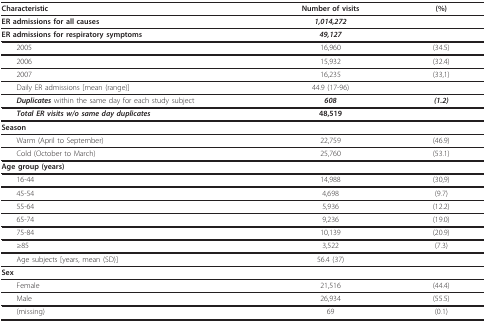
| Characteristic | Number of visits | (%) |
 | --- | --- | --- |
 | ER admissions for all causes | 1,014,272 |  |
 | ER admissions for respiratory symptoms | 49,127 |  |
 | 2005 | 16,960 | (34.5) |
 | 2006 | 15,932 | (32.4) |
 | 2007 | 16,235 | (33,1) |
 | Daily ER admissions [mean (range)] | 44.9 (17-96) |  |
 | Duplicates within the same day for each study subject | 608 | (1.2) |
 | Total ER visits w/o same day duplicates | 48,519 |  |
 | Season |  |  |
 | Warm (April to September) | 22,759 | (46.9) |
 | Cold (October to March) | 25,760 | (53.1) |
 | Age group (years) |  |  |
 | 16-44 | 14,988 | (30,9) |
 | 45-54 | 4,698 | (9.7) |
 | 55-64 | 5,936 | (12.2) |
 | 65-74 | 9,236 | (19.0) |
 | 75-84 | 10,139 | (20.9) |
 | ≥85 | 3,522 | (7.3) |
 | Age subjects [years, mean (SD)] | 56.4 (37) |  |
 | Sex |  |  |
 | Female | 21,516 | (44.4) |
 | Male | 26,934 | (55.5) |
 | (missing) | 69 | (0.1) |